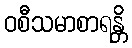
ဝစီသမာစာရန္တိ